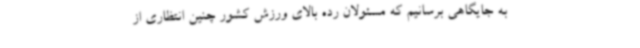
به جایگاهی برسانیم که مسئولان رده بالای ورزش کشور چنین انتظاری از